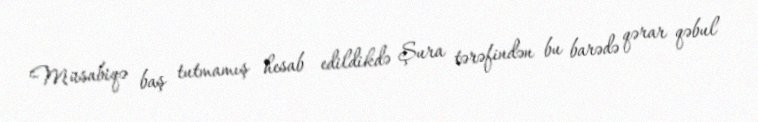
Müsabiqə baş tutmamış hesab edildikdə Şura tərəfindən bu barədə qərar qəbul